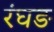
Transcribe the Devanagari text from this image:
रंघङ